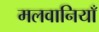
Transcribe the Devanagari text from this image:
मलवानियाँ